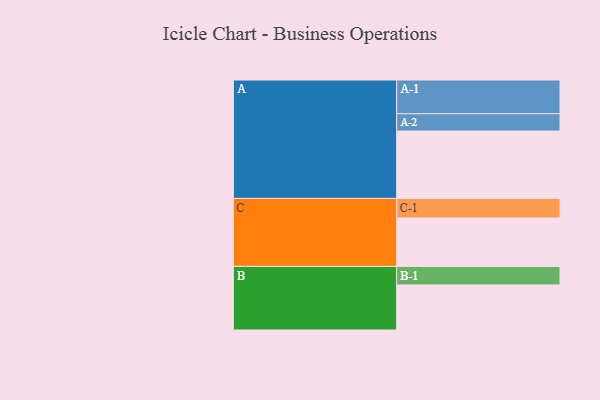
{"axis": {"x": "Segment", "y": "Value"}, "legend": ["", "A", "B", "C"], "data": [{"x": "A", "y": 593, "type": ""}, {"x": "B", "y": 397, "type": ""}, {"x": "C", "y": 427, "type": ""}, {"x": "A-1", "y": 297, "type": "A"}, {"x": "A-2", "y": 153, "type": "A"}, {"x": "B-1", "y": 163, "type": "B"}, {"x": "C-1", "y": 172, "type": "C"}]}